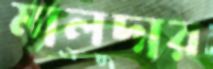
মালদার